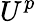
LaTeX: U^{p}